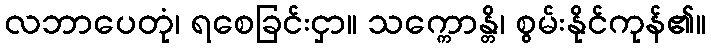
လဘာပေတုံ၊ ရစေခြင်းငှာ။ သက္ကောန္တိ၊ စွမ်းနိုင်ကုန်၏။